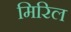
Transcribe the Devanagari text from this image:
मिरिल